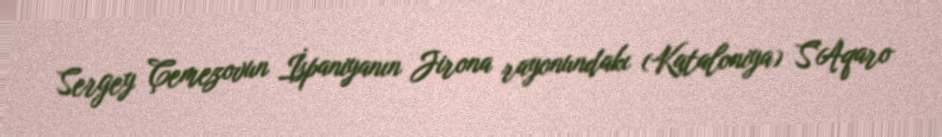
Sergey Çemezovun İspaniyanın Jirona rayonundakı (Kataloniya) S`Aqaro